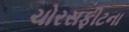
ચોરસફીટના